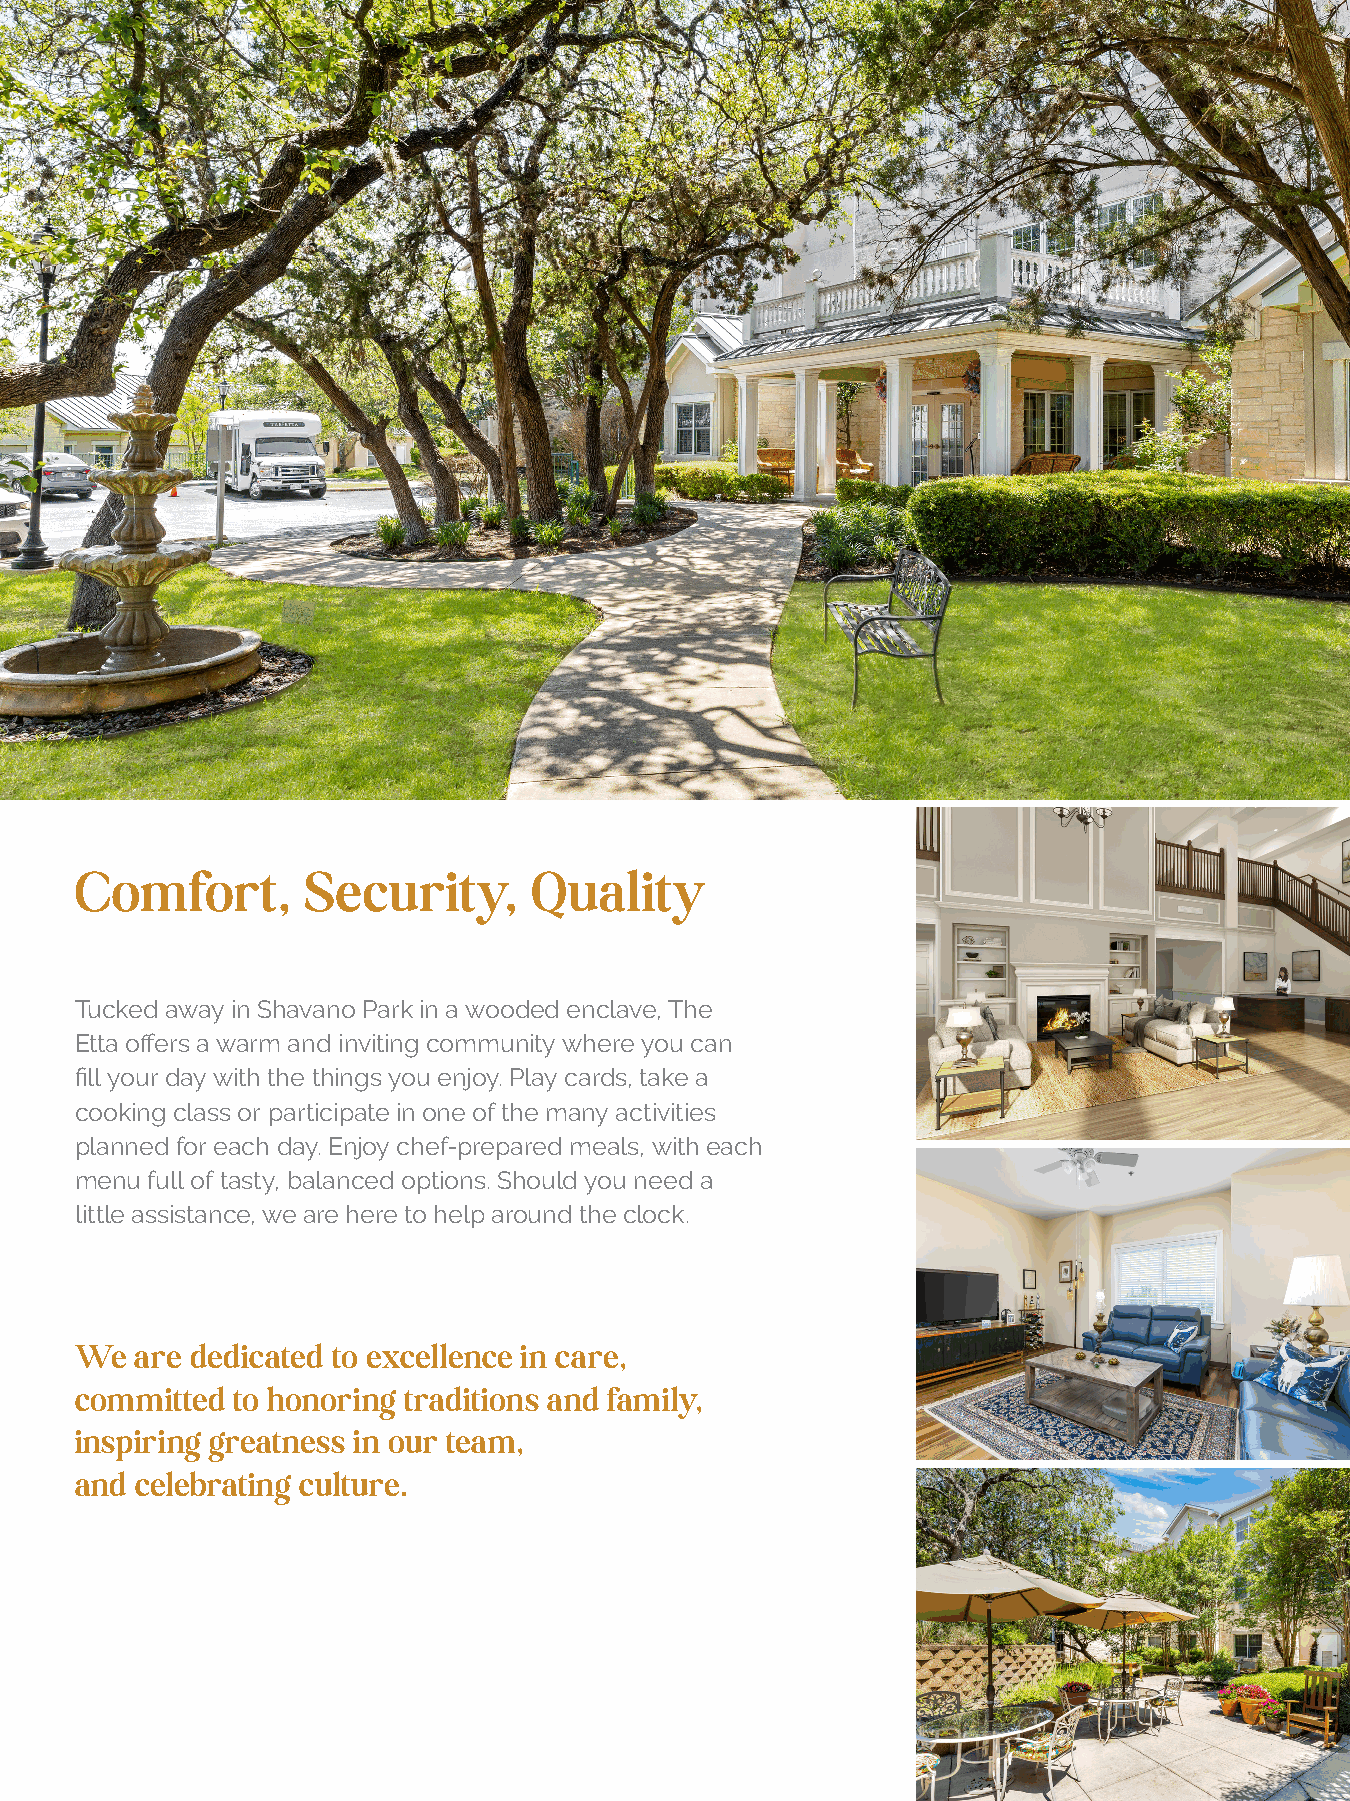
Comfort,       Security,      Quality
 Tucked away in Shavano Park in a wooded enclave, The
 Etta offers a warm and inviting community where you can
 fill your day with the things you enjoy. Play cards, take a
 cooking class or participate in one of the many activities
 planned for each day. Enjoy chef-prepared meals, with each
 menu full of tasty, balanced options. Should you need a
 little assistance, we are here to help around the clock.
 We  are dedicated to excellence in care,
 committed to honoring traditions and family,
 inspiring greatness in our team,
 and celebrating culture.